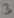
Text: 3